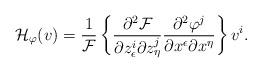
LaTeX: \begin{align*} \mathcal{H}_{\varphi}(v)=\frac{1}{\mathcal{F}}\left\lbrace \frac{\partial^2 \mathcal{F}}{\partial z^i_{\epsilon}\partial z^j_{\eta}} \frac{\partial^2 \mathcal{\varphi}^j}{\partial x^{\epsilon}\partial x^{\eta}}\right\rbrace v^i. \end{align*}